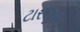
ટારઝન